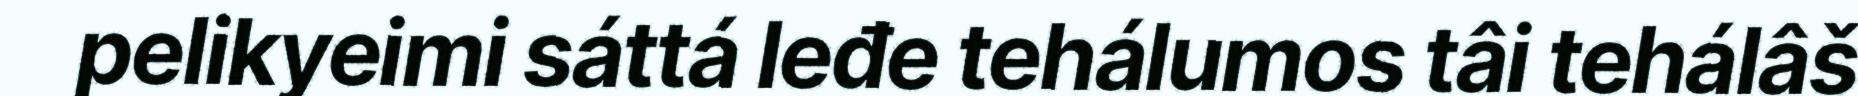
pelikyeimi sáttá leđe tehálumos tâi tehálâš